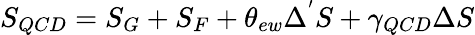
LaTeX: S_{QCD}=S_{G}+S_{F}+\theta_{ew}\Delta^{'}S+\gamma_{QCD}\Delta S